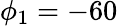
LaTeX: \phi_{1}=-60